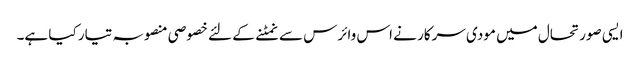
ایسی صورتحال میں مودی سرکار نے اس وائرس سے نمٹنے کے لئے خصوصی منصوبہ تیار کیا ہے۔